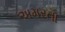
અમરતા